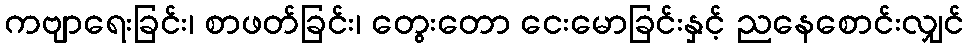
ကဗျာရေးခြင်း၊ စာဖတ်ခြင်း၊ တွေးတော ငေးမောခြင်းနှင့် ညနေစောင်းလျှင်